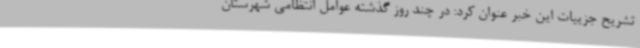
تشریح جزییات این خبر عنوان کرد: در چند روز گذشته عوامل انتظامی شهرستان